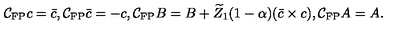
\mathcal { C } _ { \mathrm { \tiny F P } } c = \bar { c } , \mathcal { C } _ { \mathrm { \tiny F P } } \bar { c } = - c , \mathcal { C } _ { \mathrm { \tiny F P } } B = B + \widetilde Z _ { 1 } ( 1 - \alpha ) ( \bar { c } \times c ) , \mathcal { C } _ { \mathrm { \tiny F P } } A = A .